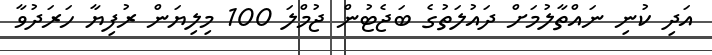
އަދި ކުނި ނައްތާލުމަށް ދައުލަތުގެ ބަޖެޓުން ޖުމްލަ 100 މިލިޔަން ރުފިޔާ ހަރަދުވާ